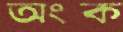
অংক